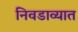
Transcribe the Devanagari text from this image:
निवडाव्यात